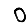
Digit: 0